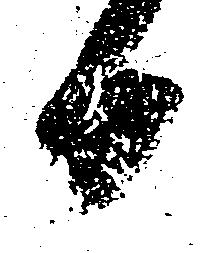
日